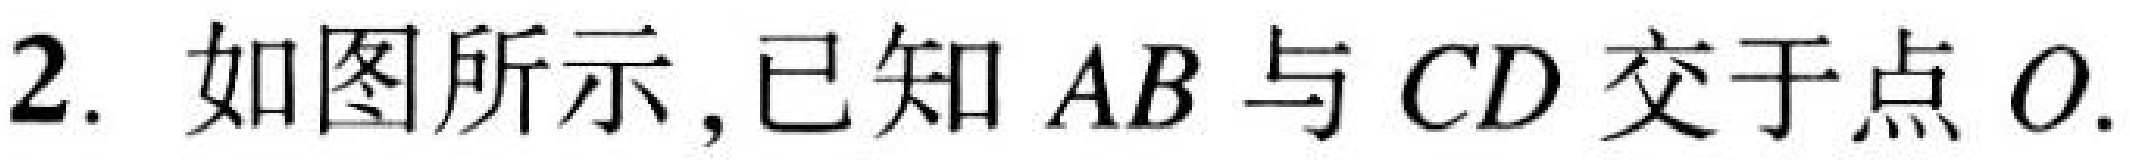
2. 如图所示,已知$AB$与$CD$交于点$O$.